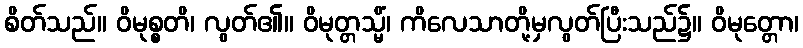
စိတ်သည်။ ဝိမုစ္စတိ၊ လွတ်၏။ ဝိမုတ္တသ္မိံ၊ ကိလေသာတို့မှလွတ်ပြီးသည်၌။ ဝိမုတ္တော၊